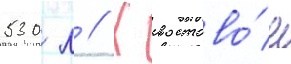
530 л // Хвостово́е